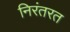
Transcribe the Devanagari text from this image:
निरंतरत